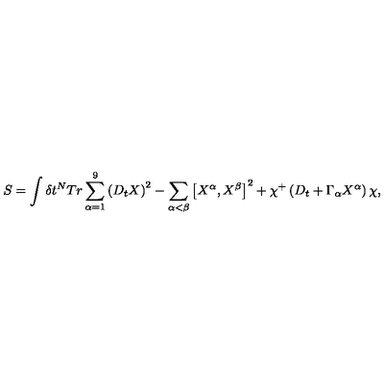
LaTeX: S = \int \delta t ^ { N } T r \sum _ { \alpha = 1 } ^ { 9 } \left( D _ { t } X \right) ^ { 2 } - \sum _ { \alpha < \beta } \left[ X ^ { \alpha } , X ^ { \beta } \right] ^ { 2 } + \chi ^ { + } \left( D _ { t } + \Gamma _ { \alpha } X ^ { \alpha } \right) \chi ,